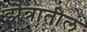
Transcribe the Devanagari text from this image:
झेत्रातील